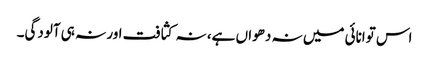
اس توانائی میں نہ دھواں ہے، نہ کثافت اور نہ ہی آلودگی۔